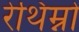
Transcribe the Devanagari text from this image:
रेथिम्नो